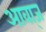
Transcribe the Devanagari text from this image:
आवा्ज